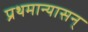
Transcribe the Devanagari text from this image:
प्रथमान्यासन्